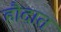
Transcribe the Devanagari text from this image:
हौदात